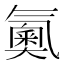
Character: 鿫